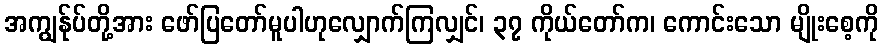
အကျွန်ုပ်တို့အား ဖော်ပြတော်မူပါဟုလျှောက်ကြလျှင်၊ ၃၇ ကိုယ်တော်က၊ ကောင်းသော မျိုးစေ့ကို